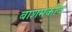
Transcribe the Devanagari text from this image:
बाशमकोव